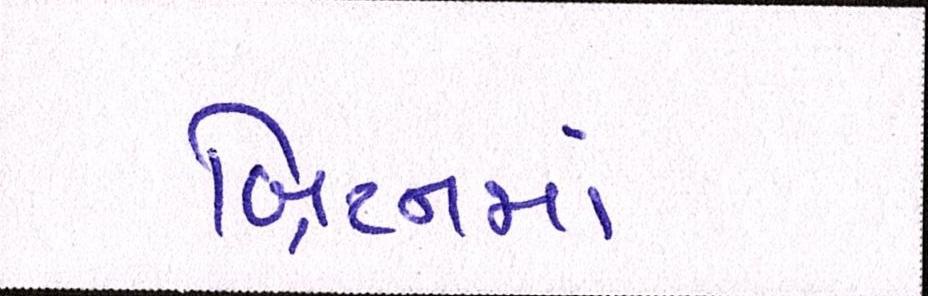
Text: બ્રિટનમાં